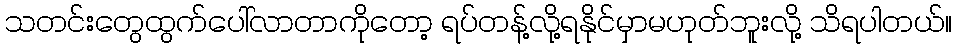
သတင်းတွေထွက်ပေါ်လာတာကိုတော့ ရပ်တန့်လို့ရနိုင်မှာမဟုတ်ဘူးလို့ သိရပါတယ်။